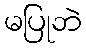
မပြုဘဲ